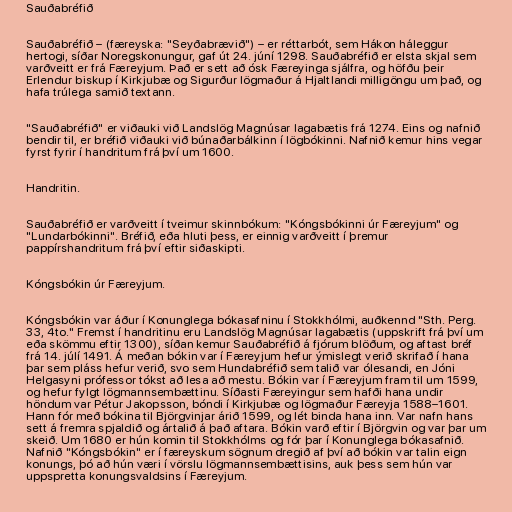
Sauðabréfið

Sauðabréfið – (færeyska: "Seyðabrævið") – er réttarbót, sem Hákon háleggur
hertogi, síðar Noregskonungur, gaf út 24. júní 1298. Sauðabréfið er elsta skjal sem
varðveitt er frá Færeyjum. Það er sett að ósk Færeyinga sjálfra, og höfðu þeir
Erlendur biskup í Kirkjubæ og Sigurður lögmaður á Hjaltlandi milligöngu um það, og
hafa trúlega samið textann.

"Sauðabréfið" er viðauki við Landslög Magnúsar lagabætis frá 1274. Eins og nafnið
bendir til, er bréfið viðauki við búnaðarbálkinn í lögbókinni. Nafnið kemur hins vegar
fyrst fyrir í handritum frá því um 1600.

Handritin.

Sauðabréfið er varðveitt í tveimur skinnbókum: "Kóngsbókinni úr Færeyjum" og
"Lundarbókinni". Bréfið, eða hluti þess, er einnig varðveitt í þremur
pappírshandritum frá því eftir siðaskipti.

Kóngsbókin úr Færeyjum.

Kóngsbókin var áður í Konunglega bókasafninu í Stokkhólmi, auðkennd "Sth. Perg.
33, 4to." Fremst í handritinu eru Landslög Magnúsar lagabætis (uppskrift frá því um
eða skömmu eftir 1300), síðan kemur Sauðabréfið á fjórum blöðum, og aftast bréf
frá 14. júlí 1491. Á meðan bókin var í Færeyjum hefur ýmislegt verið skrifað í hana
þar sem pláss hefur verið, svo sem Hundabréfið sem talið var ólesandi, en Jóni
Helgasyni prófessor tókst að lesa að mestu. Bókin var í Færeyjum fram til um 1599,
og hefur fylgt lögmannsembættinu. Síðasti Færeyingur sem hafði hana undir
höndum var Pétur Jakopsson, bóndi í Kirkjubæ og lögmaður Færeyja 1588–1601.
Hann fór með bókina til Björgvinjar árið 1599, og lét binda hana inn. Var nafn hans
sett á fremra spjaldið og ártalið á það aftara. Bókin varð eftir í Björgvin og var þar um
skeið. Um 1680 er hún komin til Stokkhólms og fór þar í Konunglega bókasafnið.
Nafnið "Kóngsbókin" er í færeyskum sögnum dregið af því að bókin var talin eign
konungs, þó að hún væri í vörslu lögmannsembættisins, auk þess sem hún var
uppspretta konungsvaldsins í Færeyjum.